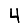
Digit: 4